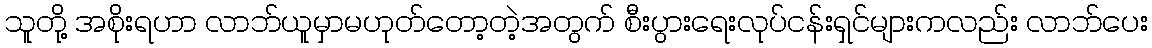
သူတို့ အစိုးရဟာ လာဘ်ယူမှာမဟုတ်တော့တဲ့အတွက် စီးပွားရေးလုပ်ငန်းရှင်များကလည်း လာဘ်ပေး